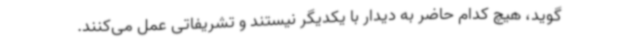
‌گوید، هیچ کدام حاضر به دیدار با یکدیگر نیستند و تشریفاتی عمل می‌کنند.